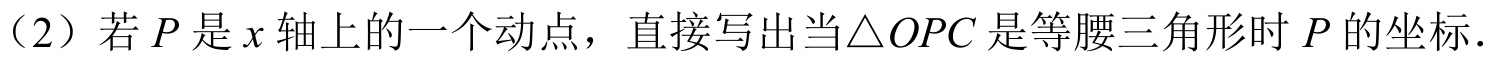
（2）若\(P\)是\(x\)轴上的一个动点，直接写出当\(\triangle OPC\)是等腰三角形时\(P\)的坐标．